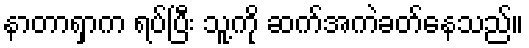
နာတာရှာက ရပ်ပြီး သူ့ကို ဆက်အကဲခတ်နေသည်။